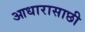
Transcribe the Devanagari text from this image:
आधारासाछी